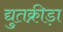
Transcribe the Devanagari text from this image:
द्युतक्रीड़ा